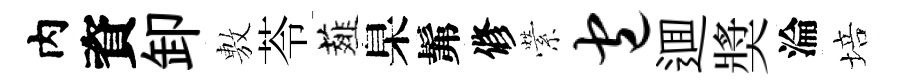
内資卸𢾾苓薤臬髴修縈包逥奬淪培